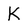
Character: K